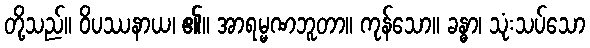
တို့သည်။ ဝိပဿနာယ၊ ၏။ အာရမ္မဏဘူတာ။ ကုန်သော။ ခန္ဓာ၊ သုံးသပ်သော